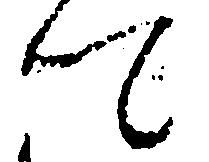
て